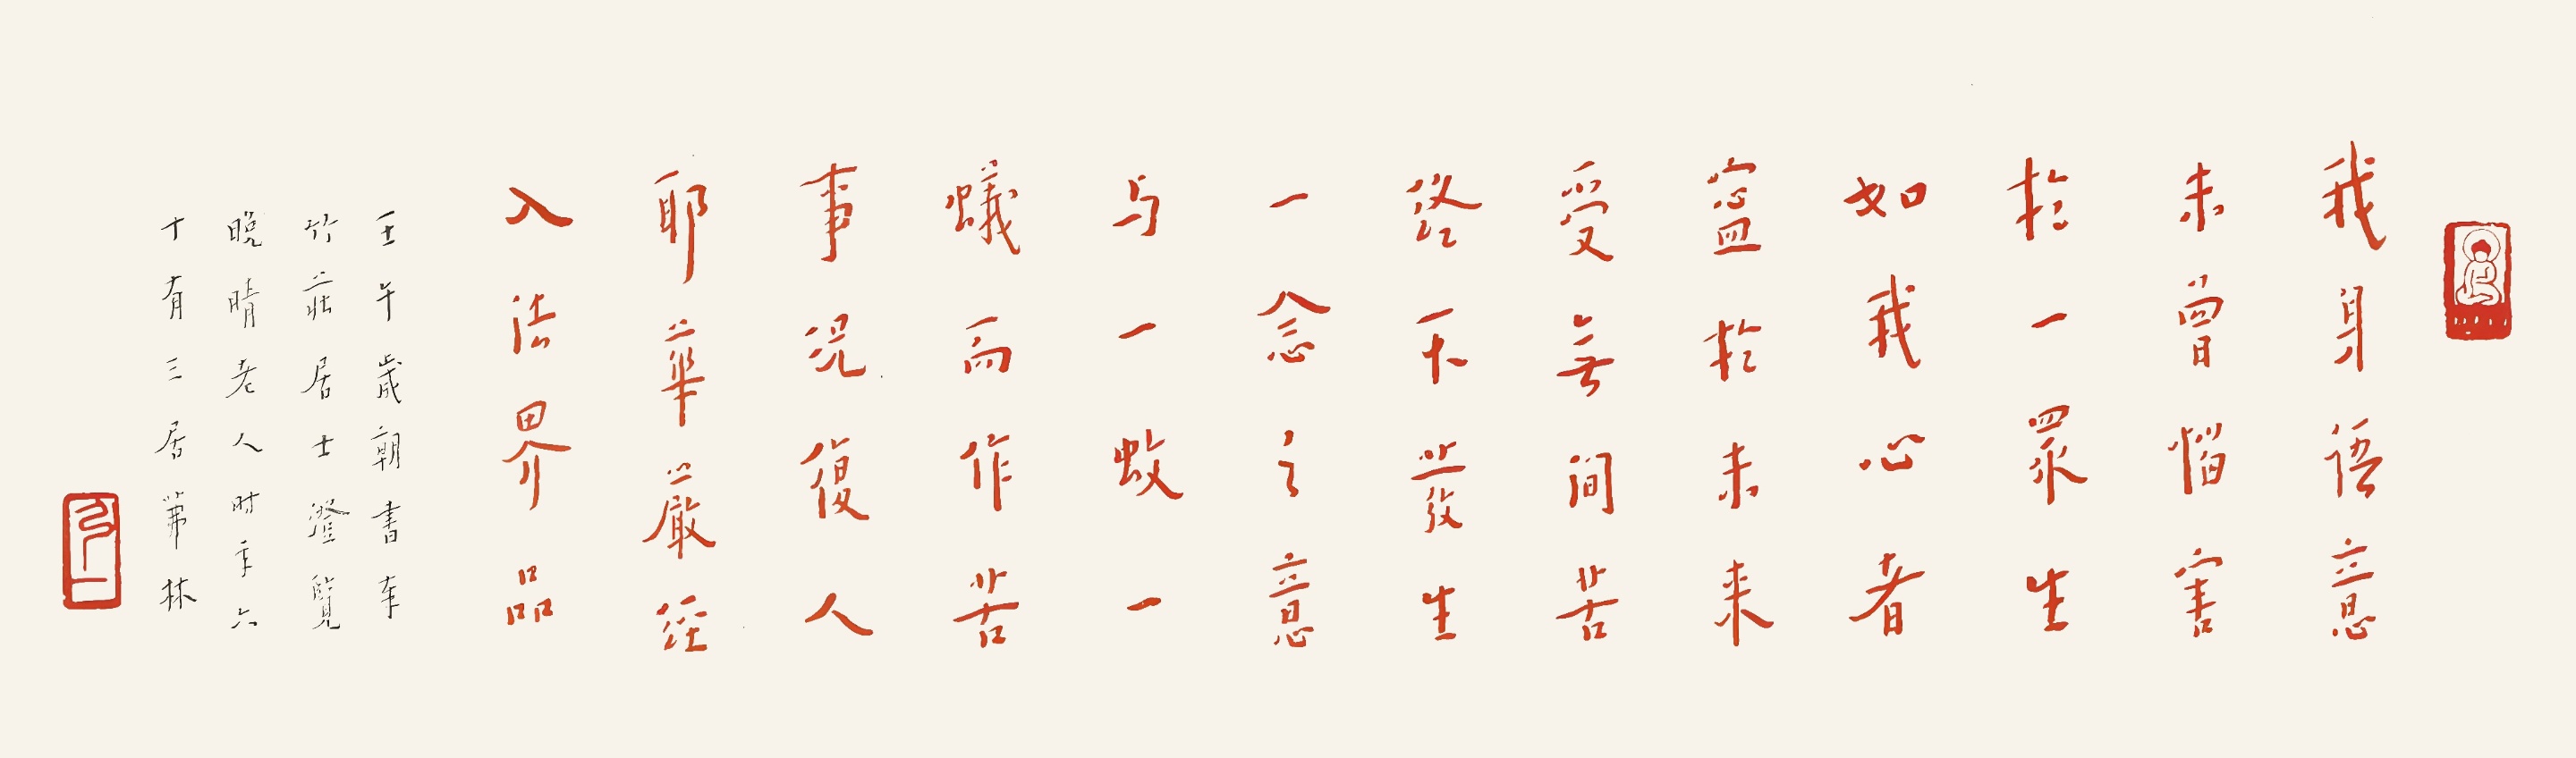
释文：我身语意，未曾恼害于一众生，如我心者，宁于未来受无间苦。终不发生一念之意与一蚊一蚁而作苦事，况复人耶，华严经，入法界品。壬午岁朝，书奉竹庄居士澄览。晚晴老人时年六十有三，居茀林。